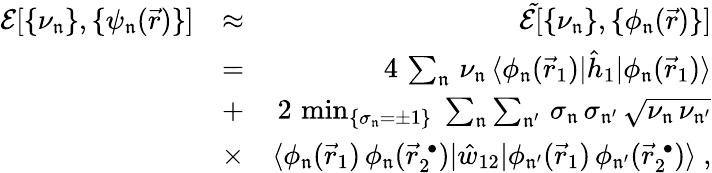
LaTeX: \begin{array}{rlr}{\mathcal{E}[\{ \nu_{\mathfrak{n}}\} ,\{ \psi_{\mathfrak{n}}(\vec{r})\} ]}&{\approx}&{\mathcal{\tilde{E}}[\{ \nu_{\mathfrak{n}}\} ,\{ \phi_{\mathfrak{n}}(\vec{r})\} ]}\\ &{=}&{4\, \sum_{\mathfrak{n}}\, \nu_{\mathfrak{n}}\, \langle\phi_{\mathfrak{n}}(\vec{r}_{1})|\hat{h}_{1}|\phi_{\mathfrak{n}}(\vec{r}_{1})\rangle}\\ &{+}&{2\, \operatorname*{min}_{\{ \sigma_{\mathfrak{n}}=\pm 1\} }\; \sum_{\mathfrak{n}}\sum_{\mathfrak{n^{\prime}}}\, \sigma_{\mathfrak{n}}\, \sigma_{\mathfrak{n^{\prime}}}\, \sqrt{\nu_{\mathfrak{n}}\, \nu_{\mathfrak{n^{\prime}}}}}\\ &{\times}&{\langle\phi_{\mathfrak{n}}(\vec{r}_{1})\, \phi_{\mathfrak{n}}(\vec{r}_{2}^{\; \bullet})|\hat{w}_{12}|\phi_{\mathfrak{n^{\prime}}}(\vec{r}_{1})\, \phi_{\mathfrak{n^{\prime}}}(\vec{r}_{2}^{\; \bullet})\rangle\ ,}\end{array}